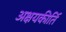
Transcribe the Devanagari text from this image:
अक्षयकीर्ति